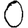
Digit: 0